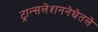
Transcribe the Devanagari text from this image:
ट्रान्सलेशननेघेतले